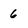
Character: 6